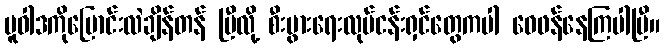
မူဝါဒကိုပြောင်းလဲချိန်တန် ပြီလို့ စီးပွားရေးလုပ်ငန်းရှင်တွေကပါ ဝေဖန်နေကြပါပြီ။